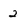
Character: 2